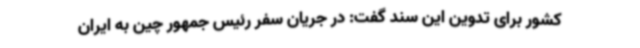
کشور برای تدوین این سند گفت: در جریان سفر رئیس جمهور چین به ایران